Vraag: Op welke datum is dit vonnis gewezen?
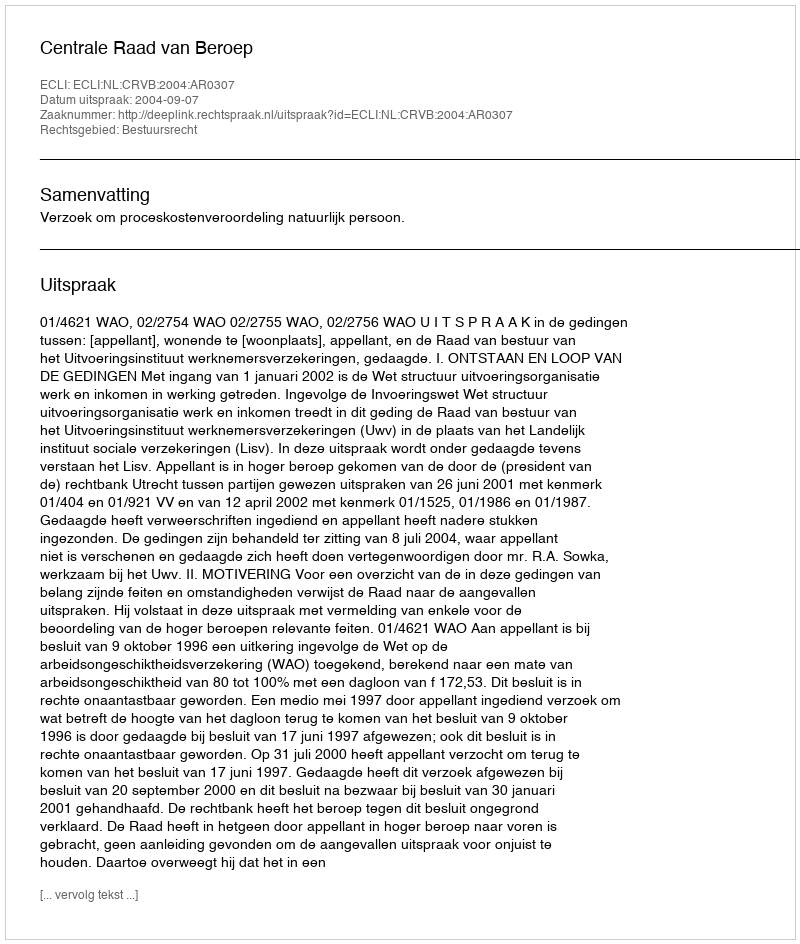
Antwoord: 2004-09-07